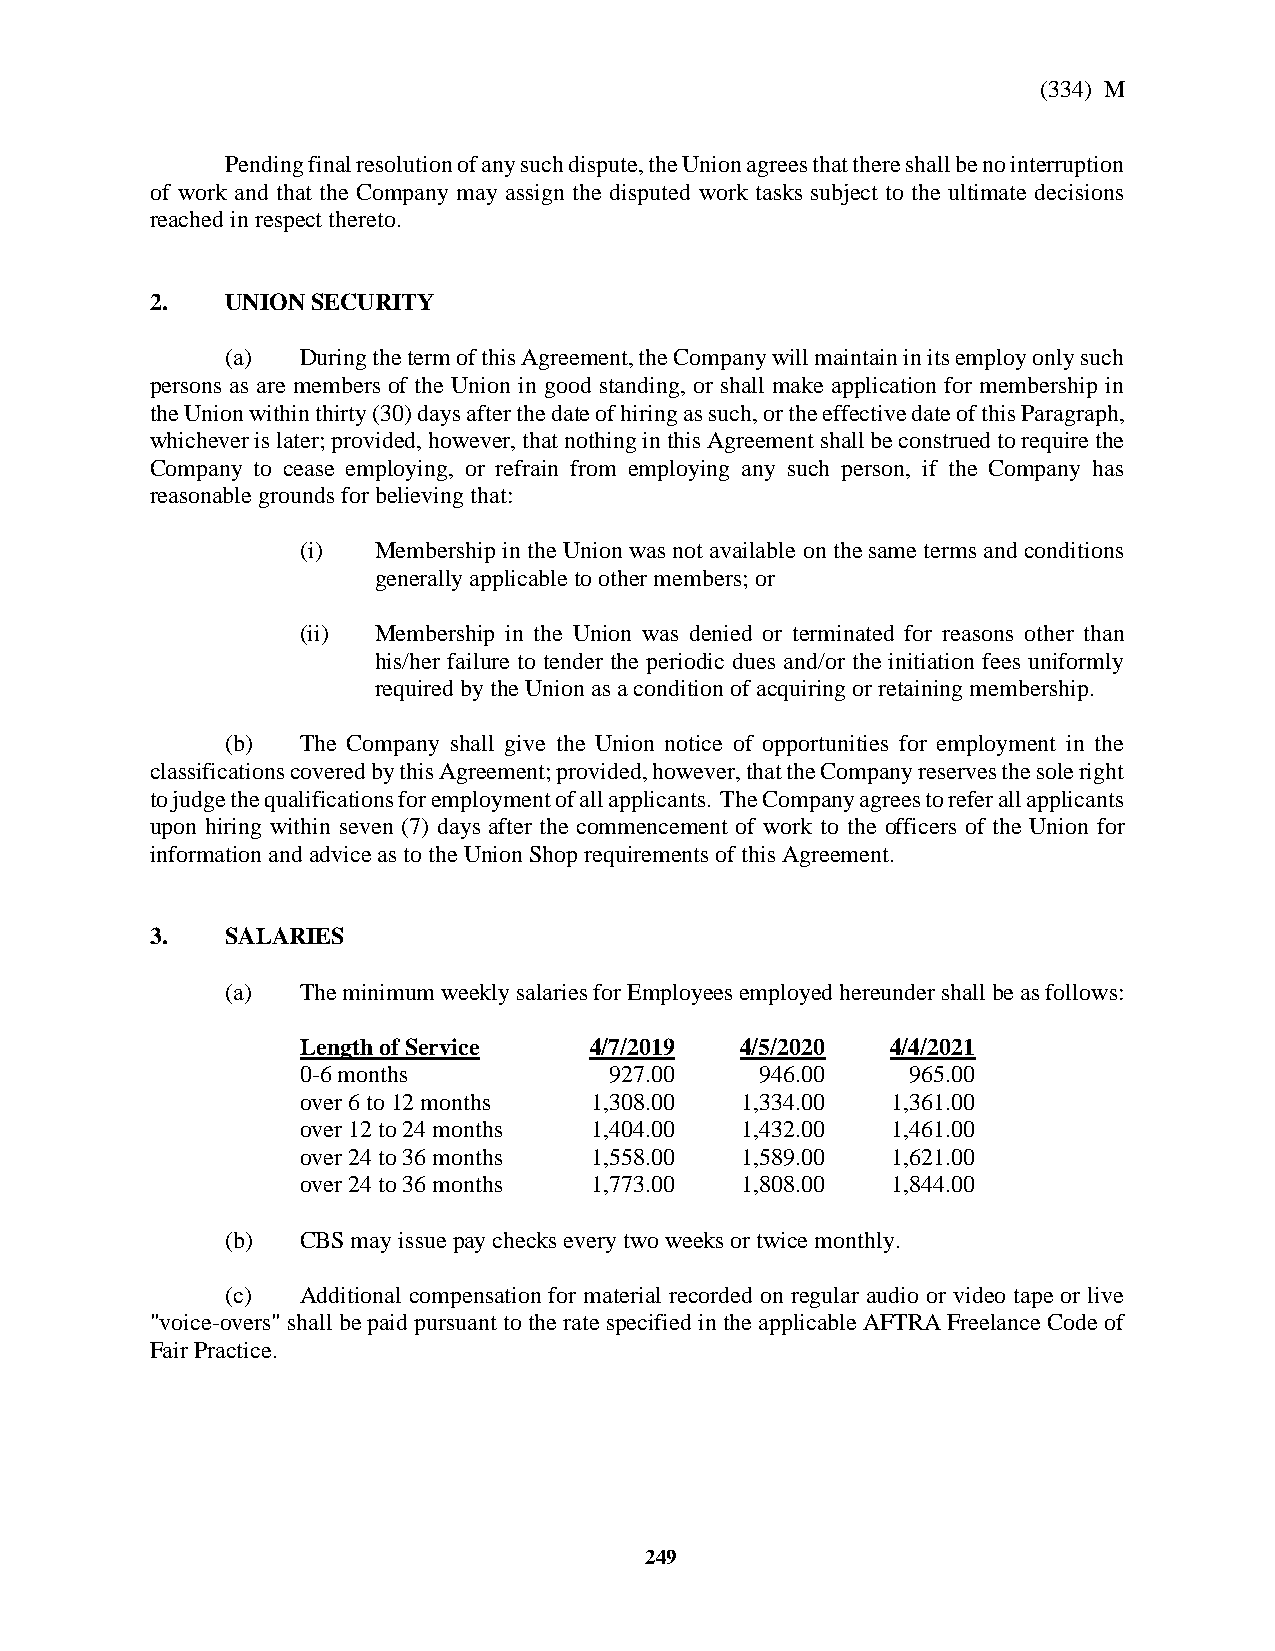
(334) M
 Pending final resolution of any such dispute, the Union agrees that there shall be no interruption
 of work and that the Company may assign the disputed work tasks subject to the ultimate decisions
 reached in respect thereto.
 2.   UNION SECURITY
 (a)  During the term of this Agreement, the Company will maintain in its employ only such
 persons as are members of the Union in good standing, or shall make application for membership in
 the Union within thirty (30) days after the date of hiring as such, or the effective date of this Paragraph,
 whichever is later; provided, however, that nothing in this Agreement shall be construed to require the
 Company to cease employing, or refrain from employing any such person, if the Company has
 reasonable grounds for believing that:
 (i)  Membership in the Union was not available on the same terms and conditions
 generally applicable to other members; or
 (ii) Membership in the Union was denied or terminated for reasons other than
 his/her failure to tender the periodic dues and/or the initiation fees uniformly
 required by the Union as a condition of acquiring or retaining membership.
 (b)  The Company shall give the Union notice of opportunities for employment in the
 classifications covered by this Agreement; provided, however, that the Company reserves the sole right
 to judge the qualifications for employment of all applicants. The Company agrees to refer all applicants
 upon hiring within seven (7) days after the commencement of work to the officers of the Union for
 information and advice as to the Union Shop requirements of this Agreement.
 3.   SALARIES
 (a)  The minimum weekly salaries for Employees employed hereunder shall be as follows:
 Length of Service  4/7/2019  4/5/2020  4/4/2021
 0-6 months          927.00    946.00    965.00
 over 6 to 12 months 1,308.00 1,334.00  1,361.00
 over 12 to 24 months 1,404.00 1,432.00 1,461.00
 over 24 to 36 months 1,558.00 1,589.00 1,621.00
 over 24 to 36 months 1,773.00 1,808.00 1,844.00
 (b)  CBS may issue pay checks every two weeks or twice monthly.
 (c)  Additional compensation for material recorded on regular audio or video tape or live
 "voice-overs" shall be paid pursuant to the rate specified in the applicable AFTRA Freelance Code of
 Fair Practice.
 249